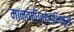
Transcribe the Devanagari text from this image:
मानवाधिकाराभिमूख